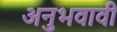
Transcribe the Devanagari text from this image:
अनुभवावी